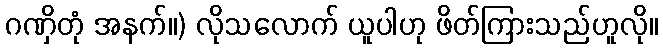
ဂဏှိတုံ အနက်။) လိုသလောက် ယူပါဟု ဖိတ်ကြားသည်ဟူလို။